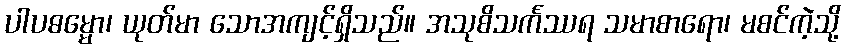
ပါပဓမ္မော၊ ယုတ်မာ သောအကျင့်ရှိသည်။ အသုစိသင်္ကဿရ သမာစာရော၊ မစင်ကဲ့သို့